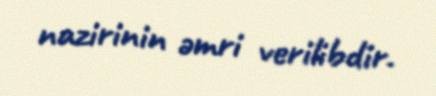
nazirinin əmri verilibdir.